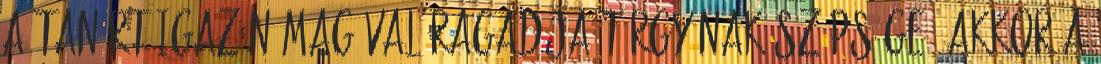
a tanárt igazán magával ragadja tárgyának szépsége, akkor a